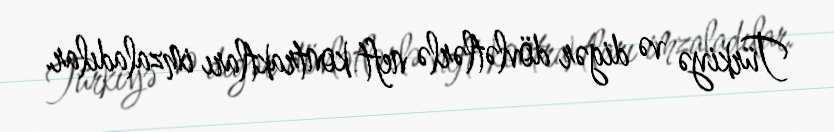
Türkiyə və digər dövlətlərlə neft kontraktları imzaladılar.